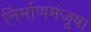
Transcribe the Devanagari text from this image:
निर्माणमंजूषा